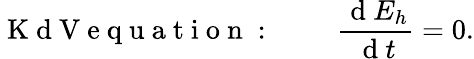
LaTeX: \mathrm{~K~d~V~e~q~u~a~t~i~o~n~:~}\qquad\frac{\mathrm{~d~}E_{h}}{\mathrm{~d~}t}=0.